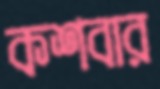
কশবার